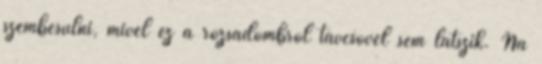
szembesülni, mivel ez a rózsadombról távcsővel sem látszik. Na